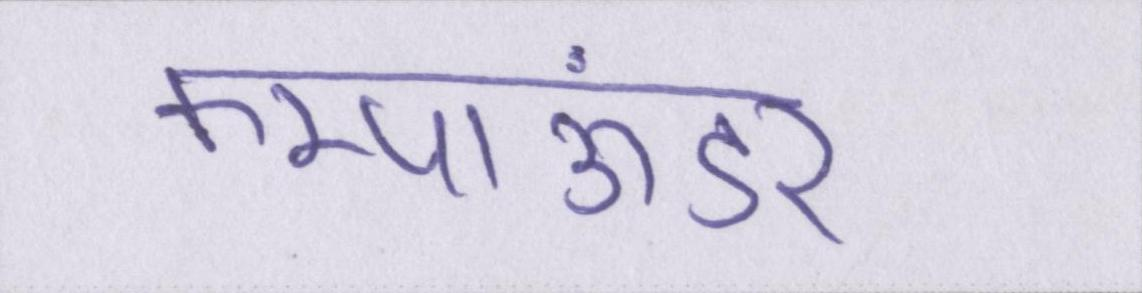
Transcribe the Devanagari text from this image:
कम्पाऊंडर